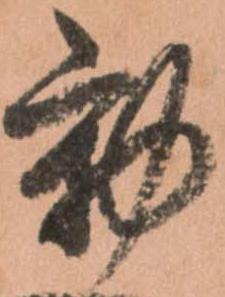
動